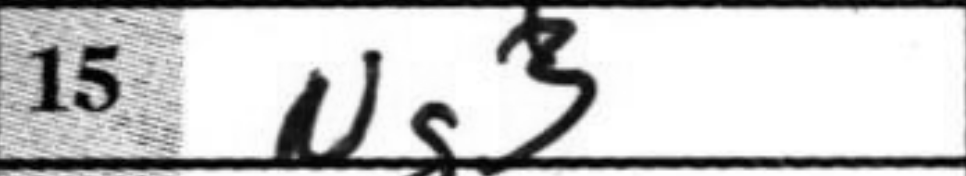
Transcription: Ng3